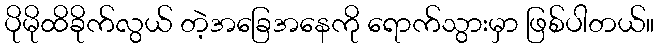
ပိုမိုထိခိုက်လွယ် တဲ့အခြေအနေကို ရောက်သွားမှာ ဖြစ်ပါတယ်။